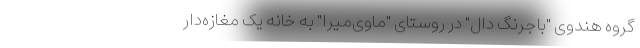
گروه هندوی "باجرنگ دال" در روستای "ماوی‌میرا" به خانه یک مغازه‌دار